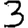
Digit: 3